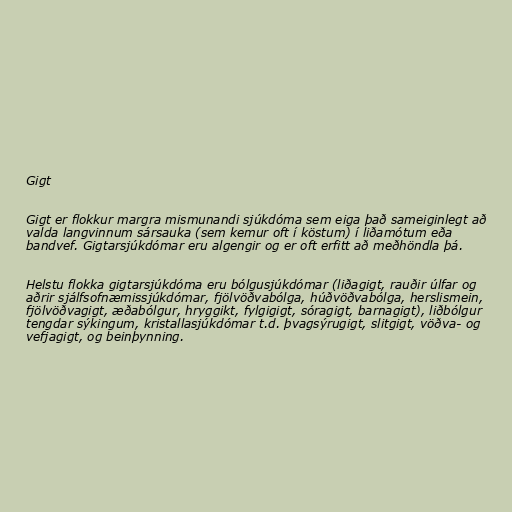
Gigt

Gigt er flokkur margra mismunandi sjúkdóma sem eiga það sameiginlegt að
valda langvinnum sársauka (sem kemur oft í köstum) í liðamótum eða
bandvef. Gigtarsjúkdómar eru algengir og er oft erfitt að meðhöndla þá.

Helstu flokka gigtarsjúkdóma eru bólgusjúkdómar (liðagigt, rauðir úlfar og
aðrir sjálfsofnæmissjúkdómar, fjölvöðvabólga, húðvöðvabólga, herslismein,
fjölvöðvagigt, æðabólgur, hryggikt, fylgigigt, sóragigt, barnagigt), liðbólgur
tengdar sýkingum, kristallasjúkdómar t.d. þvagsýrugigt, slitgigt, vöðva- og
vefjagigt, og beinþynning.